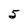
Character: 5